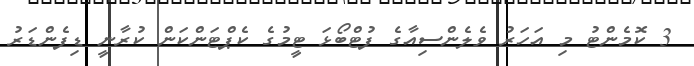
3 ކޮމެންޓު މި އަހަރު ވެލެންސިއާގެ ފުޓްބޯޅަ ޓީމުގެ ކެޕްޓަންކަން ކުރާނީ ޑިފެންޑަރު